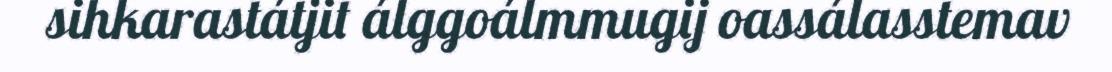
sihkarastátjit álggoálmmugij oassálasstemav